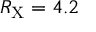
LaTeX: R _ { \mathrm { X } } = 4 . 2